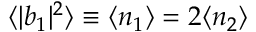
\langle | b _ { 1 } | ^ { 2 } \rangle \equiv \langle n _ { 1 } \rangle = 2 \langle n _ { 2 } \rangle